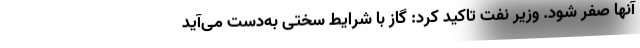
آنها صفر شود. وزیر نفت تاکید کرد: گاز با شرایط سختی به‌دست می‌آید